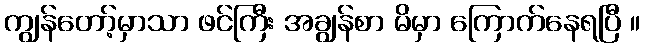
ကျွန်တော့်မှာသာ ဖင်ကြီး အချွန်စာ မိမှာ ကြောက်နေရပြီ ။